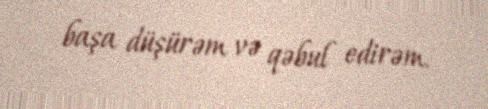
başa düşürəm və qəbul edirəm.